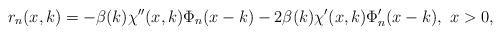
LaTeX: \begin{align*}r_{n}(x,k)=-\beta(k)\chi''(x,k)\Phi_{n}(x-k)-2\beta(k) \chi'(x,k)\Phi_{n}'(x-k),\ x>0,\end{align*}